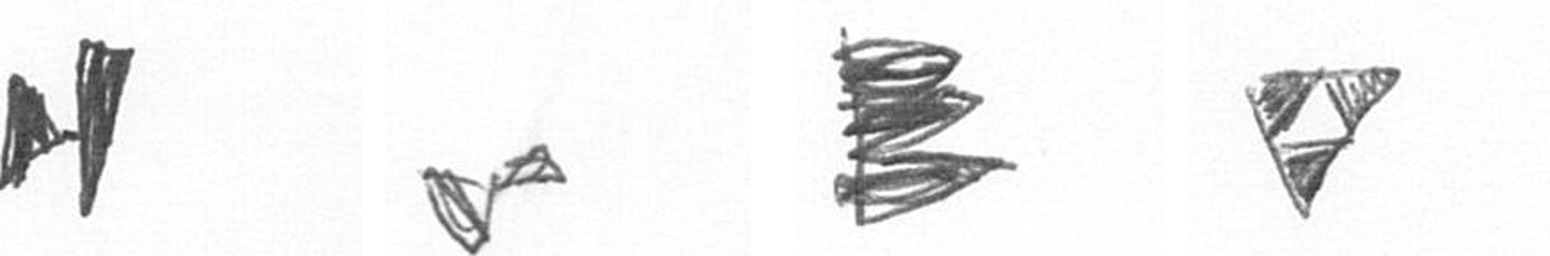
M F H S